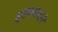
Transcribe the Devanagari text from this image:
हुसकावले